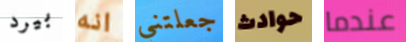
بيرد انه جعلتني حوادث عندما